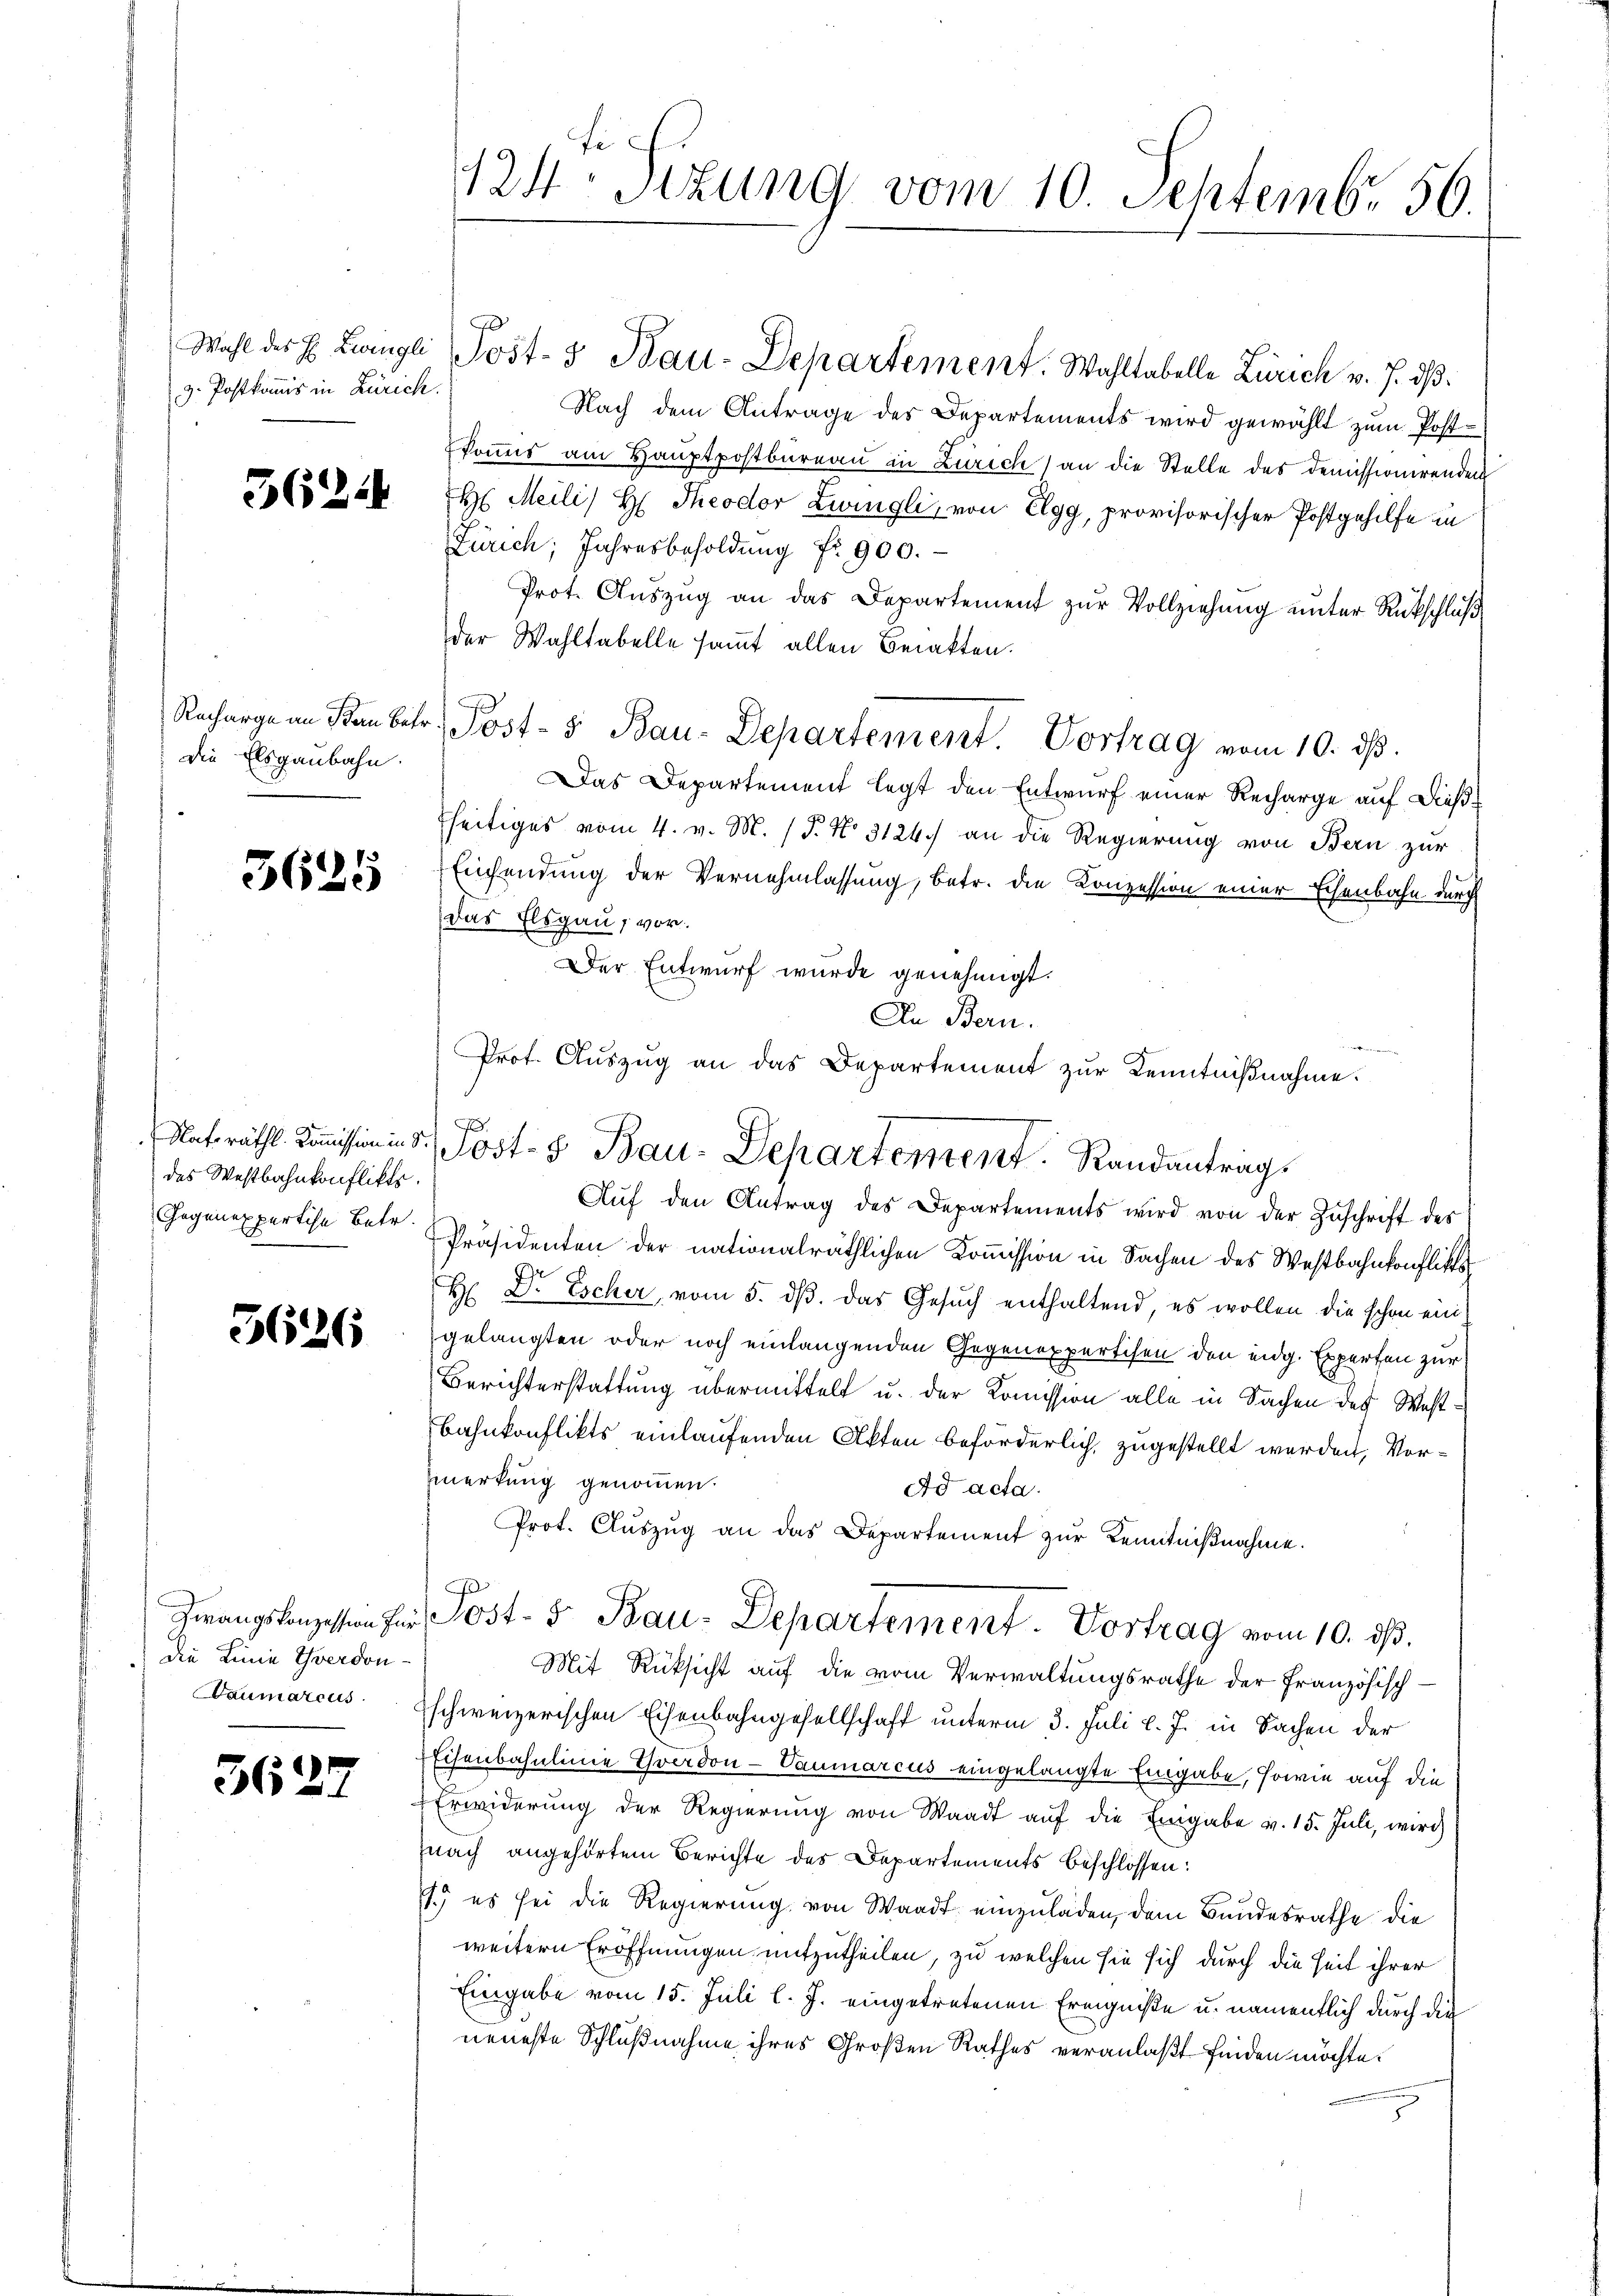
z. Postkomis in Zürich.

3624

die Elsgaubahn.

3629

des Westbahnkonflikts.
Gegenexpertise Betr.

5126

die Linie Yverdon-
Baumarcus

3627

124 Stzung vom 10. Septemb. 56.

Wahl des H. Lengli Post- & Bau-Departement. Wahltabelle Zürich v. J. dß.
Nach dem Antrage des Departements wird gewählt zum Postkoṁis am Hauptpostbureau in Zürich an die Stelle des demissionirenden
H Meili, H. Theodor Zwingli, von Elgg, provisorischer Postgehilfe in
Zürich, Jahresbesoldung fr. 900.
Prot. Aŭszŭg an das Departement zŭr Vollziehung unter Rückschluß
der Wahltabelle samt allen Berakten.
Recharge an den betr. Post- 5. Bau-Departement. Vortrag vom 10. ds.
Das Departement legt den Entwurf einer Recharge auf dießfseitiges vom 4. v. M. / P. Nr. 3124.) an die Regierung von Bern zur
Einsendung der Vernehmlassung, betr. die Konzession einer Echenbahn durch
Das Elsgau, vor.
Der Entwurf wurde genehmigt.
In Bern.
 ten den
Prot. Auszug an das Departement zur Kenntnißnahme.
Aŭf den Antrag des Departements wird von der Zuschrift des
Präsidenten der nationalräthlichen Kommission in Sachen des Westbahnkonfliche
H Dr. Escher, vom 5. ds. das Gesuch enthaltend, es wollen die schon eingelangten oder noch einlangenden Gegenexpertisen den eidg. Experten zur
Berichterstattung übermittelt u. der Kommission alle in Sachen des West¬
Bahnkonflikts einlaufenden Akten beförderlich, zugestellt werden, Vormerkung genommen.
Ad acta.
Prot. Aŭszŭg an das Departement zŭr Kenntniβnahme.
J
Zwangskonzession für Post- 5. Bau-Departement. Vortrag vom 10. dβ.
Mit Rüksicht auf die vom Verwaltungsrathe der Französisch-
schweizerischen Eisenbahngesellschaft unterm 3. Juli l. J. in Sachen der
Eisenbahnlinie Yverdon-Vaumarcus eingelangte Eingabe, sowie auf die
Erwiderung der Regierung von Waadt auf die Eingabe v. 15. Juli, wird
fnach angehörtem Berichte des Departements beschlossen:
s.) es sei die Regierung von Waadt einzuladen, dem Bundesrathe die
weitern Eröffnungen mitzutheilen, zu welchen sie sich durch die Zeit ihrer
Eingabe vom 15. Juli l. J. eingetretenen Ereigniße u. namentlich durch die
neueste Schlußnahme ihres Großen Rathes veranlaßt finden möchte.

.
Natsräthl. Commission in d. Post- & Bau-Departement. Randantrags